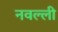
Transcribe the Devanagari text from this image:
नवल्ली